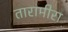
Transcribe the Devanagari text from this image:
तारामीरा